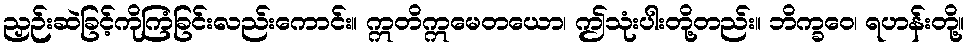
ညှဉ်းဆဲခြင့်ကိုကြံခြင်းလည်းကောင်း။ ဣတိဣမေတယော၊ ဤသုံးပါးတို့တည်း။ ဘိက္ခဝေ၊ ရဟန်းတို့။